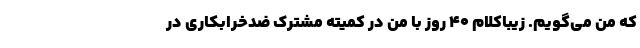
که من می‌گویم. زیباکلام ۴۰ روز با من در کمیته مشترک ضدخرابکاری در